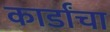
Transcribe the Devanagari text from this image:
कार्डांचा